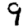
Digit: 9